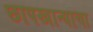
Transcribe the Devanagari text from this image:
छापखान्याचा